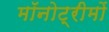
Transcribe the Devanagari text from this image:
मॉनोट्रीमों